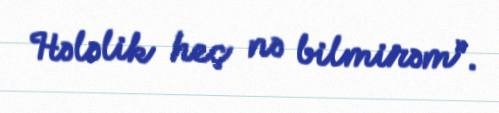
Hələlik heç nə bilmirəm”.